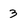
Character: 3